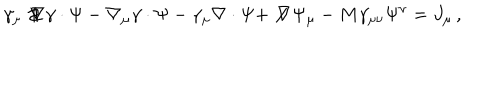
\gamma _ { \mu } \not \! \nabla \gamma \cdot \Psi - \nabla _ { \mu } \gamma \cdot \Psi - \gamma _ { \mu } \nabla \cdot \Psi + \not \! \nabla \Psi _ { \mu } - M \gamma _ { \mu \nu } \Psi ^ { \nu } = J _ { \mu } \, ,